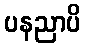
ပနညာပိ